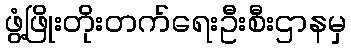
ဖွံ့ဖြိုးတိုးတက်ရေးဦးစီးဌာနမှ